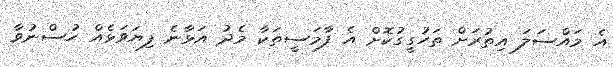
އެ މައްސަލަ އިތުރަށް ތަހުގީގުކޮށް އެ ފާމަސީތަކާ މެދު އަޅާނެ ފިޔަވަޅެއް ހުސްނުވާ